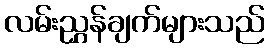
လမ်းညွှန်ချက်များသည်